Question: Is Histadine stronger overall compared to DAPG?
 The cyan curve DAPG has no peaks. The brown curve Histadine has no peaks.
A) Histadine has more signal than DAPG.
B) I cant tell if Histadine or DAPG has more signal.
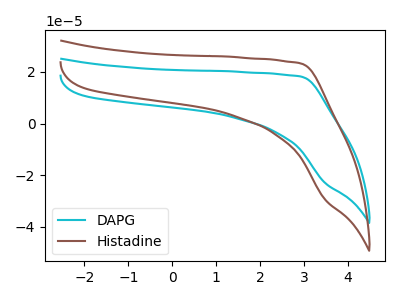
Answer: <think>Neither "Histadine" or "DAPG" have any peaks.
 </think>
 <answer>B) I cant tell if "Histadine" or "DAPG" has more signal.</answer>
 <eval>B</eval>